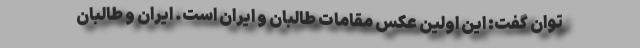
توان گفت: این اولین عکس مقامات طالبان و ایران است. ایران و طالبان